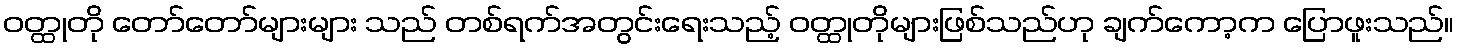
ဝတ္ထုတို တော်တော်များများ သည် တစ်ရက်အတွင်းရေးသည့် ဝတ္ထုတိုများဖြစ်သည်ဟု ချက်ကော့က ပြောဖူးသည်။